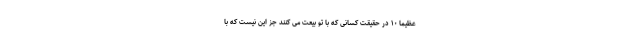
عَظِيمًا ۱۰ در حقيقت كسانى كه با تو بيعت مى كنند جز اين نيست كه با